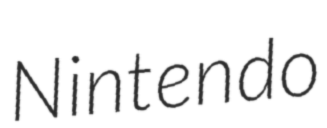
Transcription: Nintendo